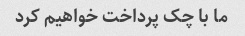
ما با چک پرداخت خواهیم کرد